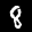
Label: 8